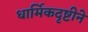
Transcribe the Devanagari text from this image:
धार्मिकदृष्टीने